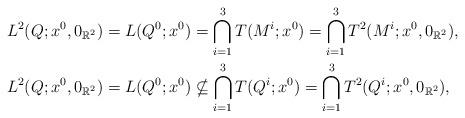
LaTeX: \begin{align*}&L^2(Q; x^0, 0_{\mathbb{R}^2})=L(Q^0; x^0)=\bigcap_{i=1}^3 T(M^i; x^0)=\bigcap_{i=1}^3 T^2(M^i; x^0, 0_{\mathbb{R}^2}),\\&L^2(Q; x^0, 0_{\mathbb{R}^2})=L(Q^0; x^0)\nsubseteq \bigcap_{i=1}^3 T(Q^i; x^0)= \bigcap_{i=1}^3 T^2(Q^i; x^0, 0_{\mathbb{R}^2}), \end{align*}